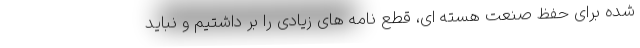
شده برای حفظ صنعت هسته ای، قطع نامه های زیادی را بر داشتیم و نباید